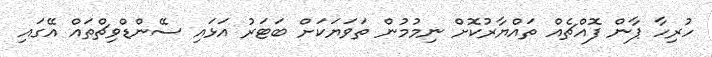
ހުރިހާ ޕާން ފޮއްޗެއް ތައްޔާރުކޮށް ނިމުމުން ތަވަޔަކަށް ބަޓަރު އަޅައި ސޭންޑްވިޗްތައް އޭގައި